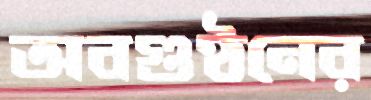
অবগুণ্ঠনের